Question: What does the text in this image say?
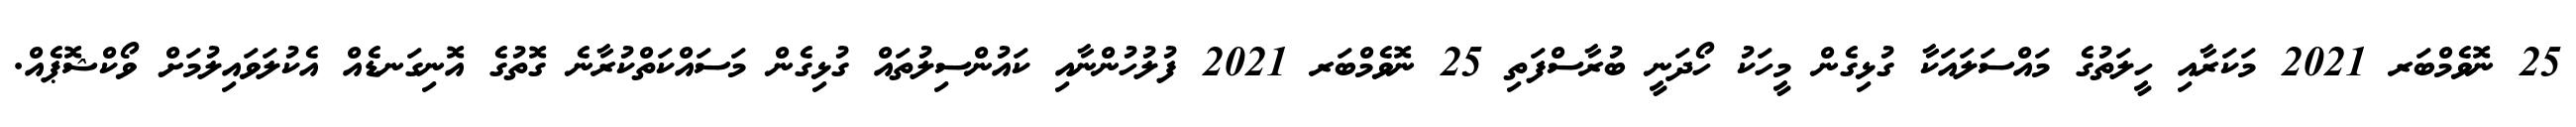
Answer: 25 ނޮވެމްބަރ 2021 މަކަރާއި ހީލަތުގެ މައްސަލައަކާ ގުޅިގެން މީހަކު ހޯދަނީ ބުރާސްފަތި 25 ނޮވެމްބަރ 2021 ފުލުހުންނާއި ކައުންސިލުތައް ގުޅިގެން މަސައްކަތްކުރާނެ ގޮތުގެ އޮނިގަނޑެއް އެކުލަވައިލުމަށް ވޯކްޝޮޕެއް.